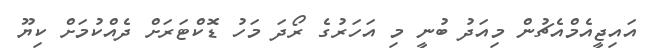
އައިޖީއެމްއެޗުން މިއަދު ބުނީ މި އަހަރުގެ ރޯދަ މަހު ޑޮކްޓަރަށް ދެއްކުމަށް ކިޔޫ